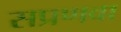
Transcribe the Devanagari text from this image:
सप्रणवा